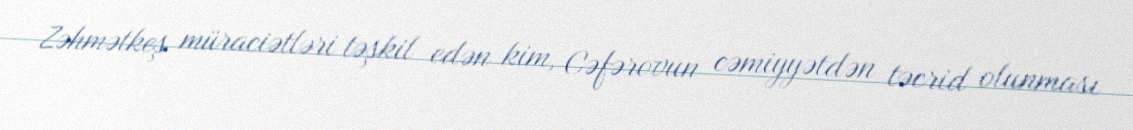
Zəhmətkeş müraciətləri təşkil edən kim, Cəfərovun cəmiyyətdən təcrid olunması